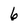
Character: 6